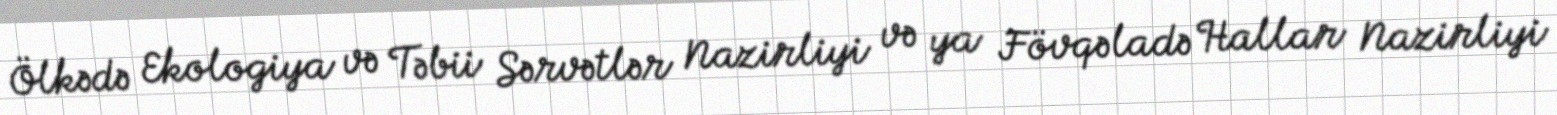
Ölkədə Ekologiya və Təbii Sərvətlər Nazirliyi və ya Fövqəladə Hallar Nazirliyi